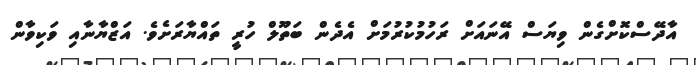
އާދޭސްކޮށްގެން ވިޔަސް އޭނައަށް ރަހުމުކުރުމަށް އެދެން ބަތޫލް ހުރީ ތައްޔާރަށެވެ. އަޒްޔާނާއި ވަކިވާން